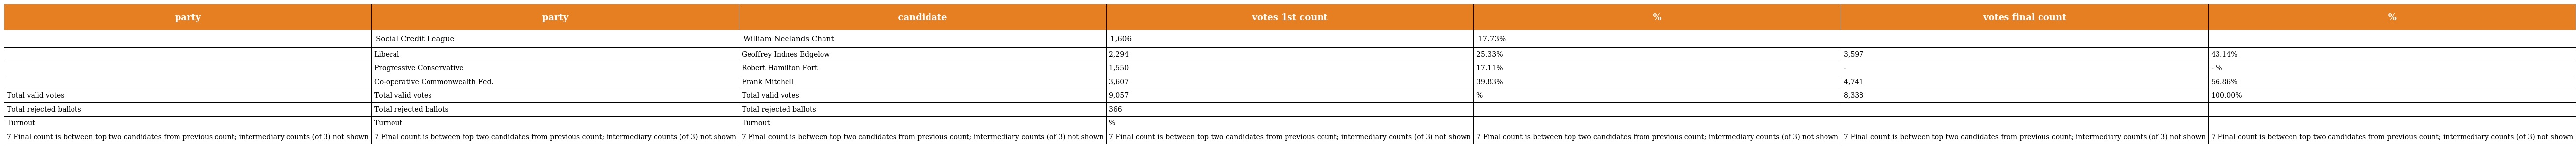
| party | party | candidate | votes 1st count | % | votes final count | % |
 | --- | --- | --- | --- | --- | --- | --- |
 |  | Social Credit League | William Neelands Chant | 1,606 | 17.73% |  |  |
 |  | Liberal | Geoffrey Indnes Edgelow | 2,294 | 25.33% | 3,597 | 43.14% |
 |  | Progressive Conservative | Robert Hamilton Fort | 1,550 | 17.11% | - | - % |
 |  | Co-operative Commonwealth Fed. | Frank Mitchell | 3,607 | 39.83% | 4,741 | 56.86% |
 | Total valid votes | Total valid votes | Total valid votes | 9,057 | % | 8,338 | 100.00% |
 | Total rejected ballots | Total rejected ballots | Total rejected ballots | 366 |  |  |  |
 | Turnout | Turnout | Turnout | % |  |  |  |
 | 7 Final count is between top two candidates from previous count; intermediary counts (of 3) not shown | 7 Final count is between top two candidates from previous count; intermediary counts (of 3) not shown | 7 Final count is between top two candidates from previous count; intermediary counts (of 3) not shown | 7 Final count is between top two candidates from previous count; intermediary counts (of 3) not shown | 7 Final count is between top two candidates from previous count; intermediary counts (of 3) not shown | 7 Final count is between top two candidates from previous count; intermediary counts (of 3) not shown | 7 Final count is between top two candidates from previous count; intermediary counts (of 3) not shown |